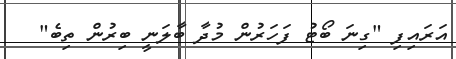
އަރައިފި "ގިނަ ބޯޓު ފަހަރުން މުދާ ބާލަނީ ބިރުން ތިބެ"